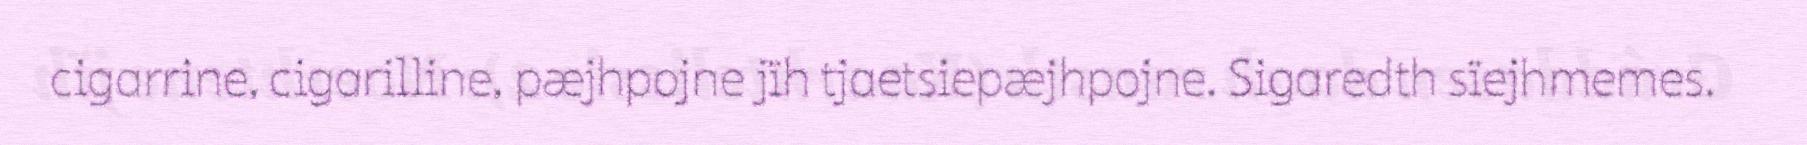
cigarrine, cigarilline, pæjhpojne jïh tjaetsiepæjhpojne. Sigaredth sïejhmemes.